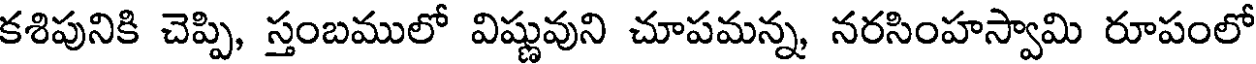
కశిపునికి చెప్పి, స్తంబములో విష్ణువుని చూపమన్న, నరసింహస్వామి రూపంలో